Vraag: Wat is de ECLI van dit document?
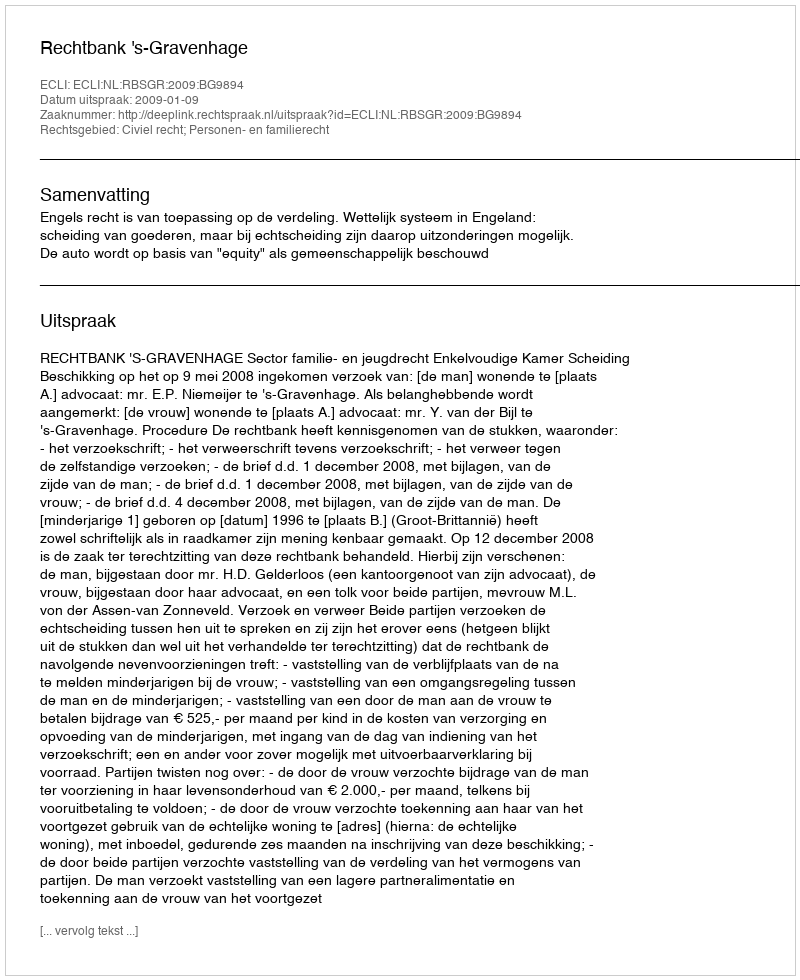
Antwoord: ECLI:NL:RBSGR:2009:BG9894